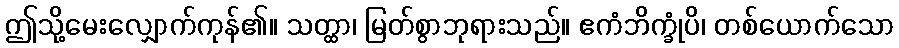
ဤသို့မေးလျှောက်ကုန်၏။ သတ္ထာ၊ မြတ်စွာဘုရားသည်။ ဧကံဘိက္ခုံပိ၊ တစ်ယောက်သော